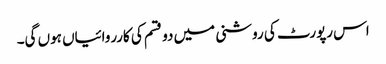
اس رپورٹ کی روشنی میں دو قسم کی کارروائیاں ہوں گی۔